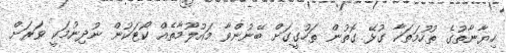
ހިޔާނާތުގެ ތުހުމަތަކާ ގުޅޭ ގޮތުން ތަހުގީގަށް ބޭނުންވާ މައުލޫމާތެއް ކޯޓަކުން ނުދިނުމަކީ ވަރަށް